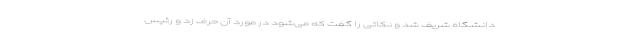
دانشگاه شریف شد و نکاتی را گفت که می‌شود در مورد آن حرف زد و رئیس